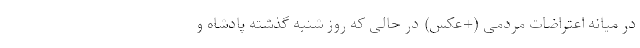
در میانه اعتراضات مردمی (+عکس) در حالی که روز شنبه گذشته پادشاه و